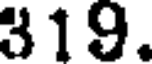
319.